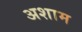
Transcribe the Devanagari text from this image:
अशाम